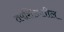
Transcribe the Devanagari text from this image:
तपशिलातील